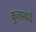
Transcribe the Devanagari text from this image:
कुलस्यार्थे